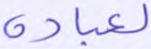
لعباده